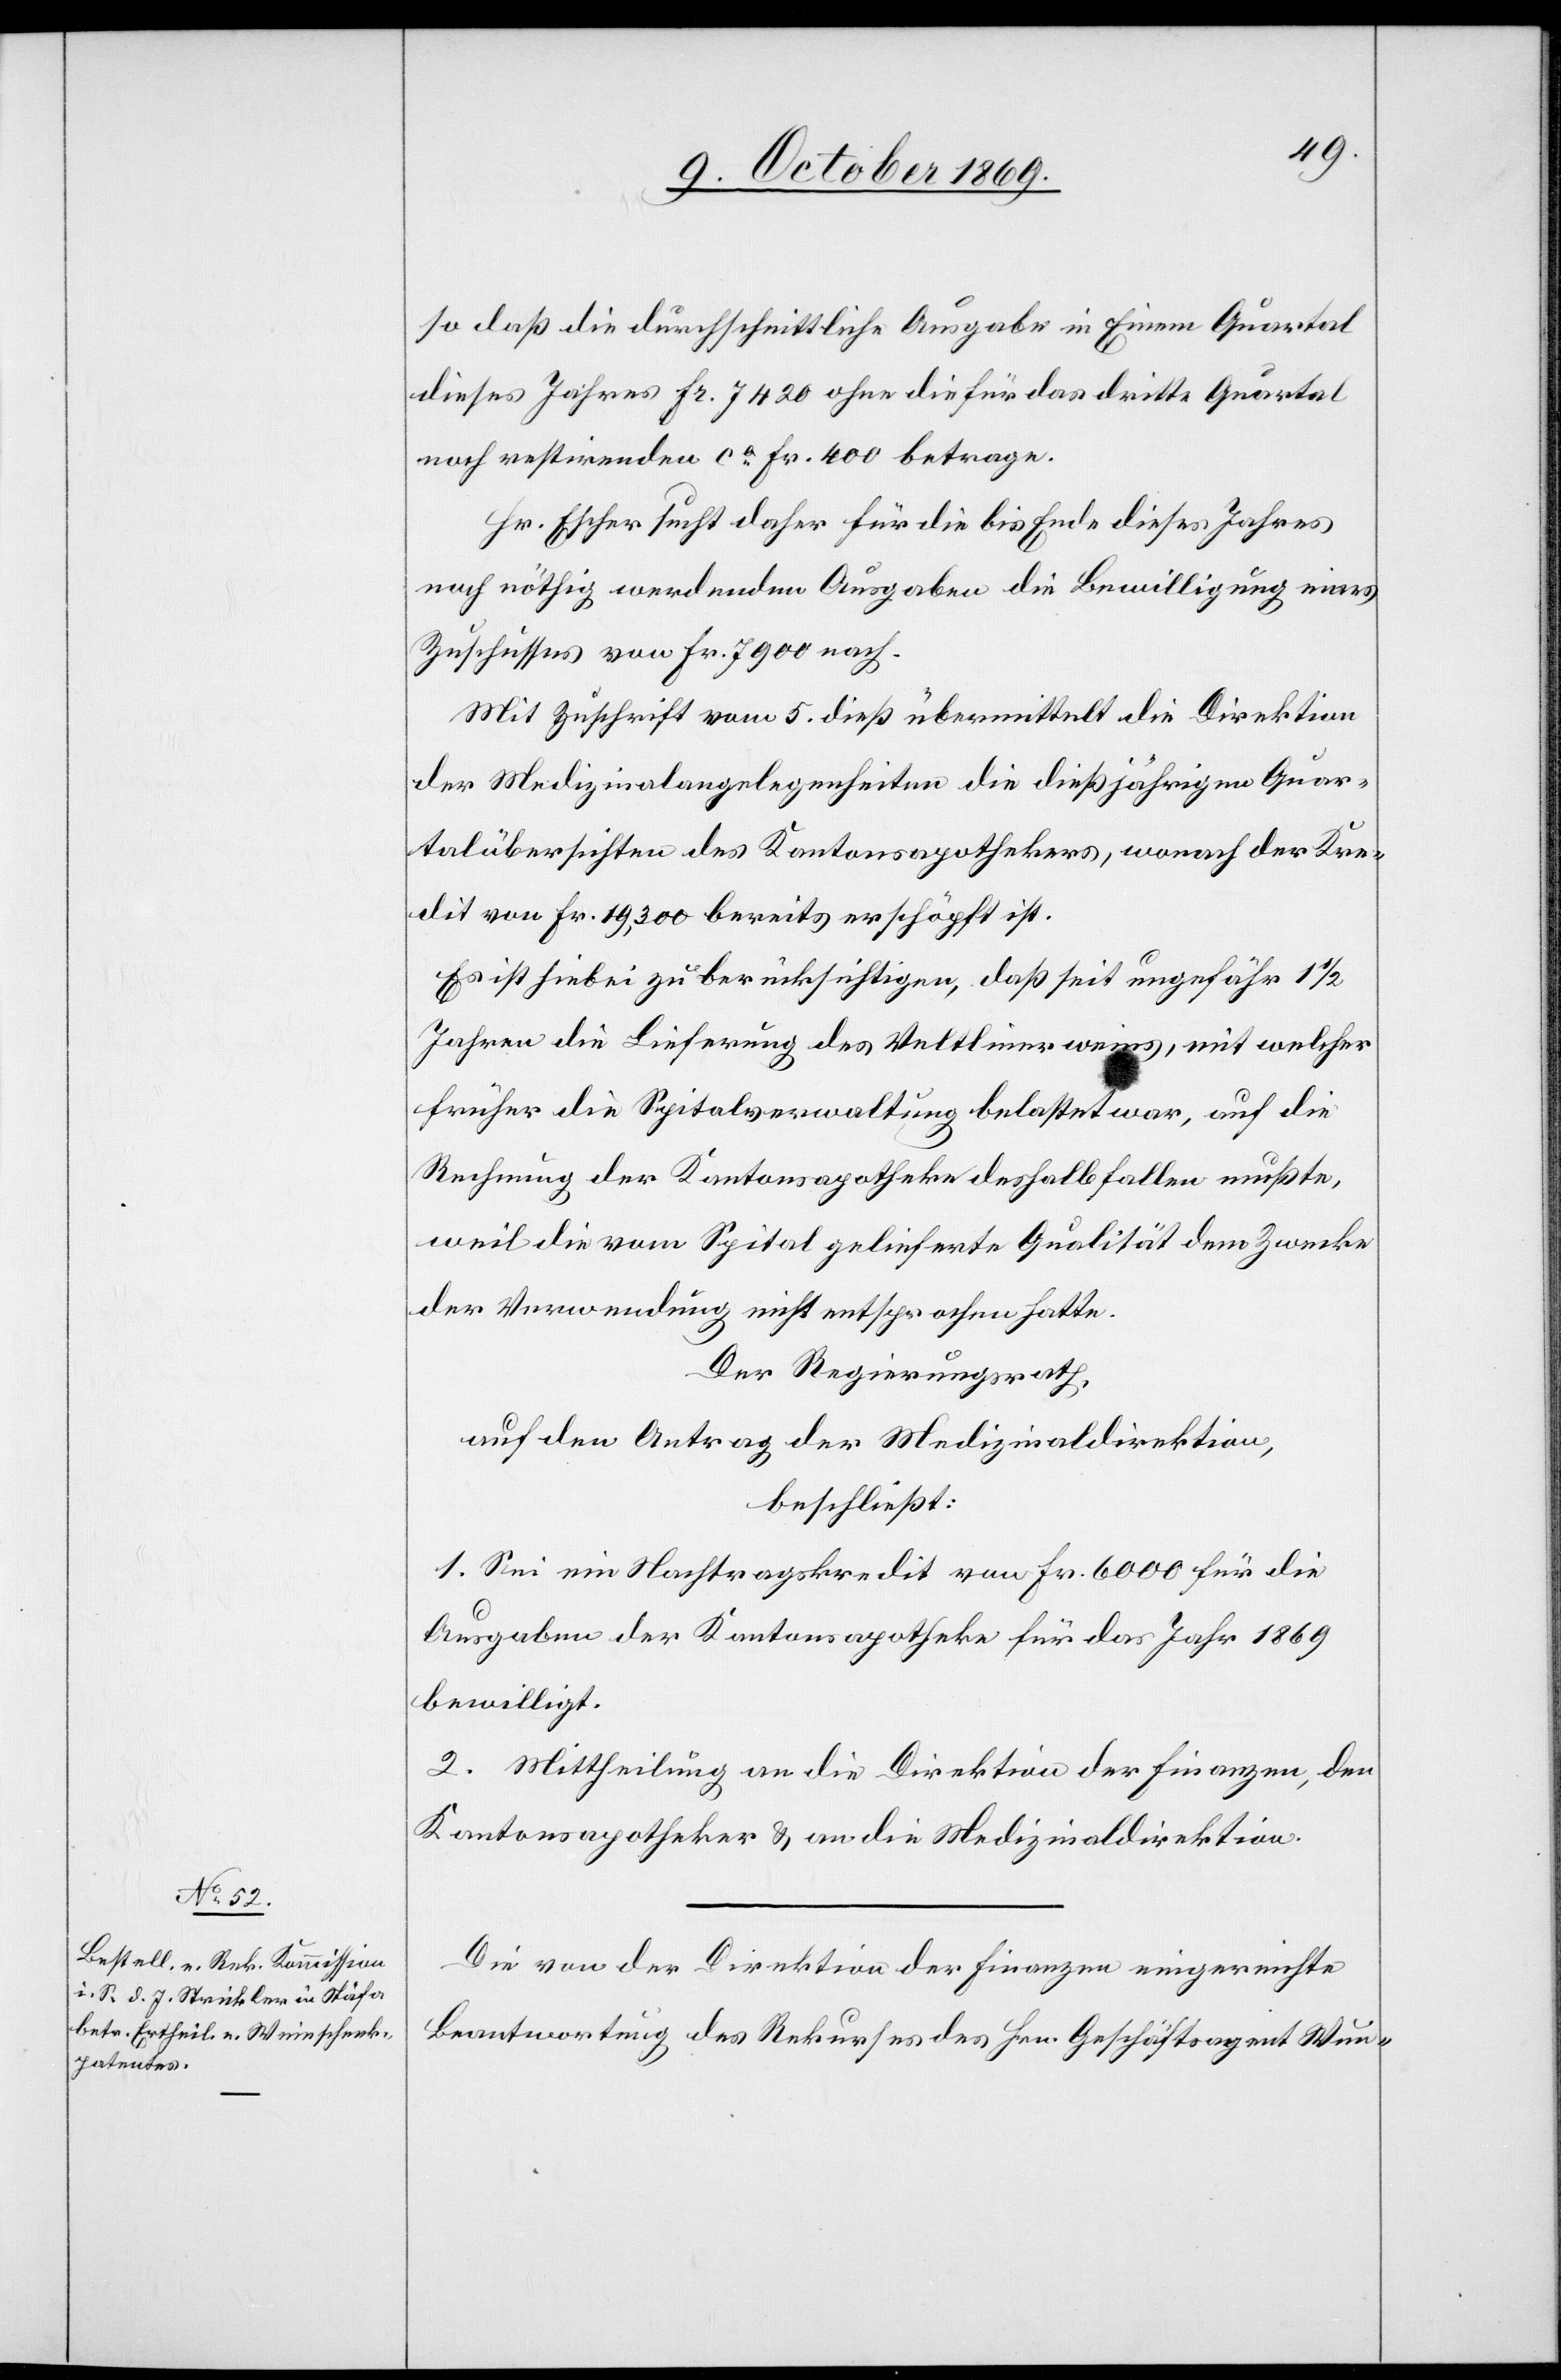
so daß die durchschnittliche Ausgabe in Einem Quartal
dieses Jahres Fr. 7420 ohne die für das dritte Quartal
noch restirenden ca Fr. 400 betrage.
Hr. Escher sucht daher für die bis Ende dieses Jahres
noch nöthig werdenden Ausgaben die Bewilligung eines
Zuschusses von Fr. 7900 nach.
Mit Zuschrift vom 5. dieß übermittelt die Direktion
der Medizinalangelegenheiten die dießjährigen Quar¬
talübersichten des Kantonsapothekers, wonach der Kre¬
dit von Fr. 19,300 bereits erschöpft ist.
Es ist hiebei zu berücksichtigen, daß seit ungefähr 1 1/2
Jahren die Lieferung des Veltlinerweins, mit welcher
früher die Spitalverwaltung belastet war, auf die
Rechnung der Kantonsapotheke deshalb fallen mußte,
weil die vom Spital gelieferte Qualität dem Zwecke
der Verwendung nicht entsprochen hatte.
Der Regierungsrath,
auf den Antrag der Medizinaldirektion,
beschließt:
1. Sei ein Nachtragskredit von Fr. 6000 für die
Ausgaben der Kantonsapotheke für das Jahr 1869
bewilligt.
2. Mittheilung an die Direktion der Finanzen, den
Kantonsapotheker & an die Medizinaldirektion.
Die von der Direktion der Finanzen eingereichte
Beantwortung des Rekurses des Hrn. Geschäftsagent Wun-